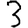
Digit: 3